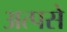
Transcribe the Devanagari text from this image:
अत्पसे